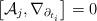
LaTeX: \begin{align*} \left[ \mathcal{A}_j, \nabla_{\partial_{t_i}} \right] = 0 \end{align*}